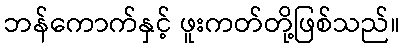
ဘန်ကောက်နှင့် ဖူးကတ်တို့ဖြစ်သည်။